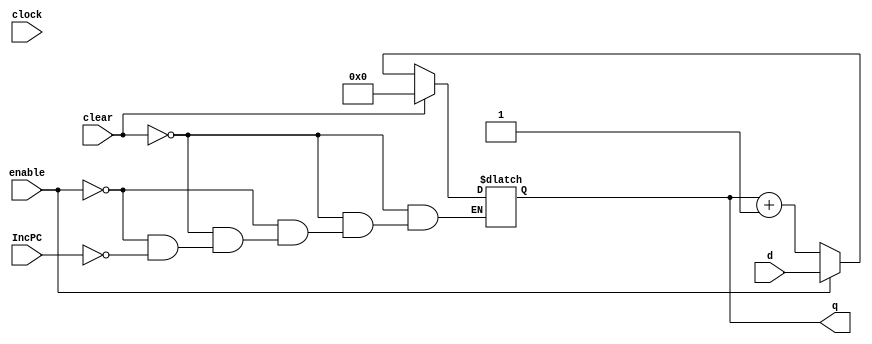
//Custom pc register with IncPC signal
module pc_32_bit #(parameter qInitial = 32'b0)(
	input wire clock, 
	input wire clear,
	input wire IncPC,
	input wire enable,
	input wire [31:0] d,
	output reg [31:0] q
);
		
	
	initial q = qInitial;
	always@(clock) 
	begin
		if (clear) begin
			q[31:0] = 32'b0;
		end
		else if (enable) begin
			q[31:0] = d[31:0];
		end
		else if (IncPC) begin
			q[31:0] = q[31:0] + 1'b1;
		end 

	end
endmodule